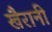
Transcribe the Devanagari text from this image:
खैरानी